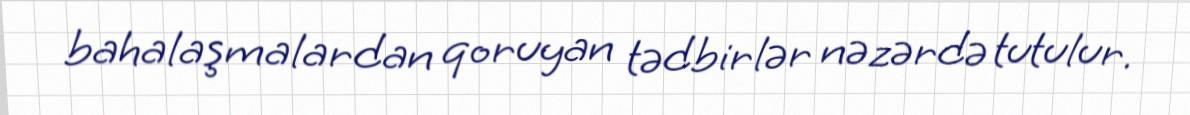
bahalaşmalardan qoruyan tədbirlər nəzərdə tutulur.